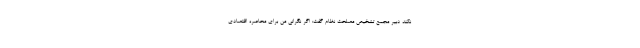
نکند دبیر مجمع تشخیص مصلحت نظام گفت: اگر نگرانی من برای محاصره اقتصادی